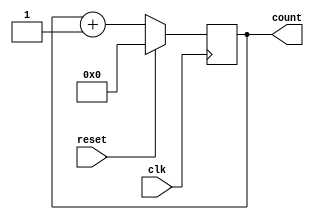
`timescale 1ns / 1ps
//////////////////////////////////////////////////////////////////////////////////
// Company: Filber Inc.
// 
// Design Name: 16 bit counter with self reset
// Module Name: counter_16
//////////////////////////////////////////////////////////////////////////////////

module counter_16bit(
    input wire clk,
    input wire reset,
    output reg [15:0] count
);

wire [15:0] count_next;
assign count_next = count + 1;

// Reset the counter to 0 when the reset signal is asserted
always @(posedge clk)
begin
    if (reset)
        count <= 0;
    else
        count <= count_next;
end

endmodule